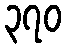
၃၇၀